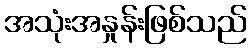
အသုံးအနှုန်းဖြစ်သည်